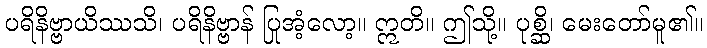
ပရိနိဗ္ဗာယိဿသိ၊ ပရိနိဗ္ဗာန် ပြုအံ့လော့။ ဣတိ။ ဤသို့။ ပုစ္ဆိ၊ မေးတော်မူ၏။